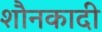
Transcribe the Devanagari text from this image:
शौनकादी